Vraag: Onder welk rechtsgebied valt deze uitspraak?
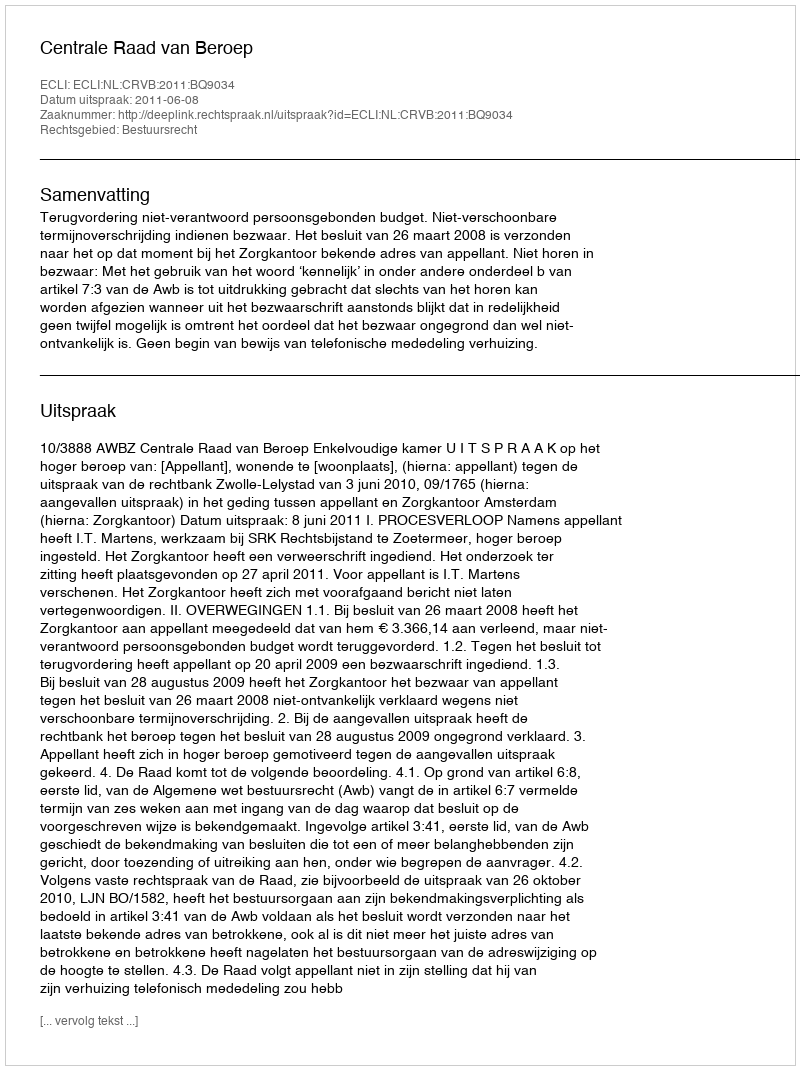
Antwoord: Bestuursrecht